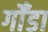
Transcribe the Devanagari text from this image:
गोँडा